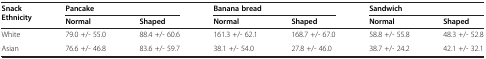
<table><thead><tr><td><b>Snack Ethnicity</b></td><td colspan="2"><b>Pancake</b></td><td colspan="2"><b>Banana bread</b></td><td colspan="2"><b>Sandwich</b></td></tr><tr><td><b> </b></td><td><b>Normal</b></td><td><b>Shaped</b></td><td><b>Normal</b></td><td><b>Shaped</b></td><td><b>Normal</b></td><td><b>Shaped</b></td></tr></thead><tbody><tr><td>White</td><td>79.0 +/- 55.0</td><td>88.4 +/- 60.6</td><td>161.3 +/- 62.1</td><td>168.7 +/- 67.0</td><td>58.8 +/- 55.8</td><td>48.3 +/- 52.8</td></tr><tr><td>Asian</td><td>76.6 +/- 46.8</td><td>83.6 +/- 59.7</td><td>38.1 +/- 54.0</td><td>27.8 +/- 46.0</td><td>38.7 +/- 24.2</td><td>42.1 +/- 32.1</td></tr></tbody></table>